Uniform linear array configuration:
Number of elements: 64
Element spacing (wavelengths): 0.25
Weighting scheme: cosine
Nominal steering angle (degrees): -60
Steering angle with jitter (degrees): -58.679
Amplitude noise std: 0.05
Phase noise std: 0.05

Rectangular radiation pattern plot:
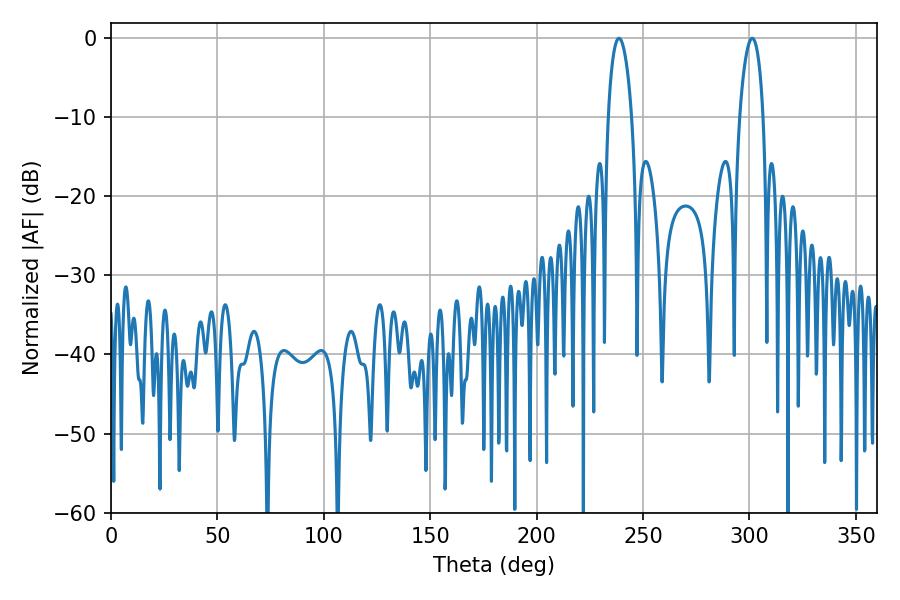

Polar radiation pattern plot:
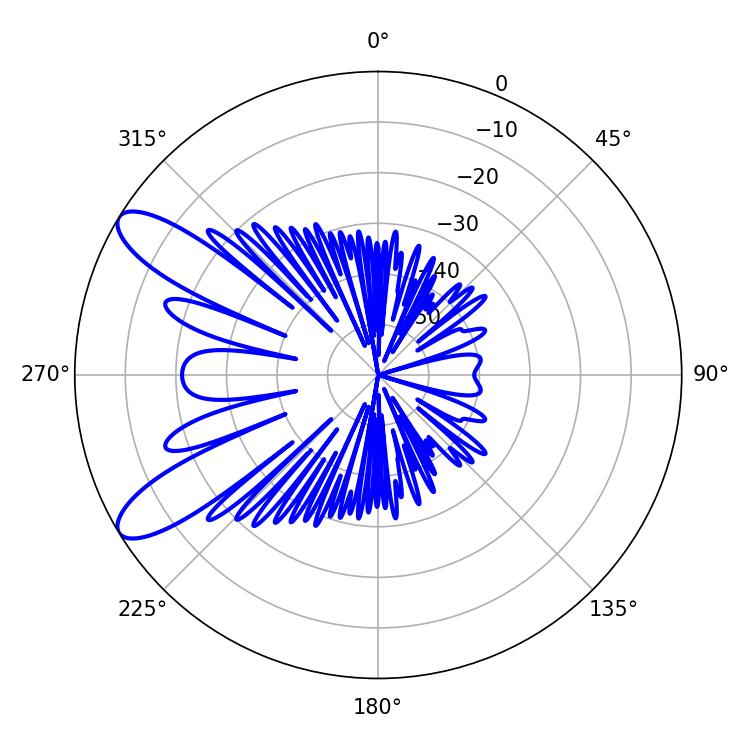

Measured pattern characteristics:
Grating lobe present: FALSE
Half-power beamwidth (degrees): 6.3
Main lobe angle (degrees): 238.68